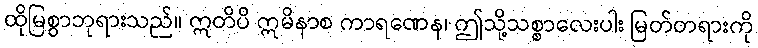
ထိုမြစွာဘုရားသည်။ ဣတိပိ ဣမိနာစ ကာရဏေန၊ ဤသို့သစ္စာလေးပါး မြတ်တရားကို